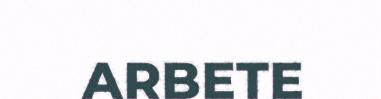
ARBETE